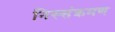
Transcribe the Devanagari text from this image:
निस्संक्रमण